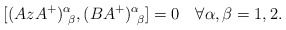
\begin{align*}[(AzA^+)^\alpha_{\ \beta} , (BA^+)^\alpha_{\ \beta}] = 0\quad\forall \alpha,\beta=1,2 . \end{align*}